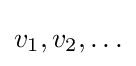
v_{1},v_{2},\ldots